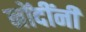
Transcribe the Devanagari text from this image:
नोंदींनी